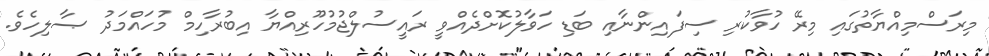
މިރަސްމިއްޔާތުގައި މިރޭ ހުވާކުރި ސިފައިންނާއި ބަޑި ހަވާލުކޮށްދެއްވީ ރައީސުލްޖުމުހޫރިއްޔާ އިބުރާހިމް މުހައްމަދު ޞާލިހެވެ.